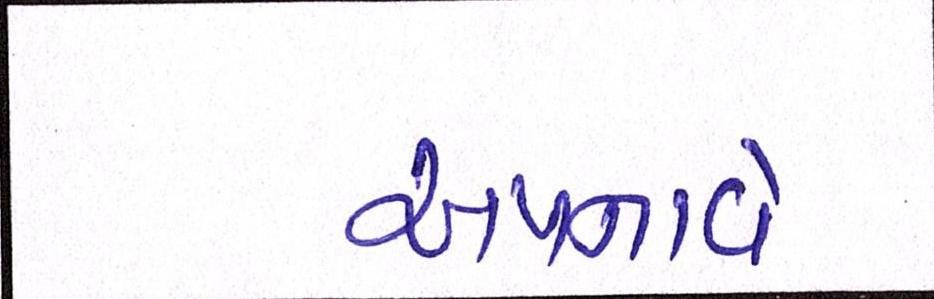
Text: અપનાવે